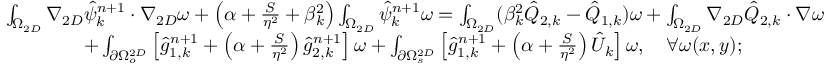
\begin{array} { r l } { \small } & { \int _ { \Omega _ { 2 D } } \nabla _ { 2 D } \hat { \psi } _ { k } ^ { n + 1 } \cdot \nabla _ { 2 D } \omega + \left( \alpha + \frac { S } { \eta ^ { 2 } } + \beta _ { k } ^ { 2 } \right) \int _ { \Omega _ { 2 D } } \hat { \psi } _ { k } ^ { n + 1 } \omega = \int _ { \Omega _ { 2 D } } ( \beta _ { k } ^ { 2 } \hat { Q } _ { 2 , k } - \hat { Q } _ { 1 , k } ) \omega + \int _ { \Omega _ { 2 D } } \nabla _ { 2 D } \hat { Q } _ { 2 , k } \cdot \nabla \omega } \\ & { \quad \quad \quad \quad + \int _ { \partial \Omega _ { o } ^ { 2 D } } \left[ \hat { g } _ { 1 , k } ^ { n + 1 } + \left( \alpha + \frac { S } { \eta ^ { 2 } } \right) \hat { g } _ { 2 , k } ^ { n + 1 } \right] \omega + \int _ { \partial \Omega _ { s } ^ { 2 D } } \left[ \hat { g } _ { 1 , k } ^ { n + 1 } + \left( \alpha + \frac { S } { \eta ^ { 2 } } \right) \hat { U } _ { k } \right] \omega , \quad \forall \omega ( x , y ) ; } \end{array}